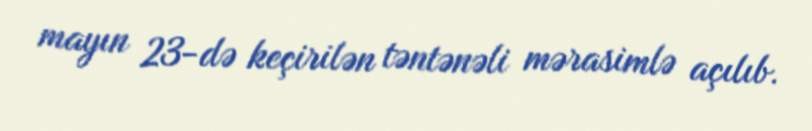
mayın 23-də keçirilən təntənəli mərasimlə açılıb.